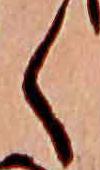
く